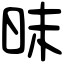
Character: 昩